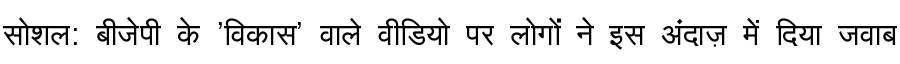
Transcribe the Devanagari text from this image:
सोशल: बीजेपी के 'विकास' वाले वीडियो पर लोगों ने इस अंदाज़ में दिया जवाब